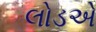
લોડએ